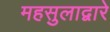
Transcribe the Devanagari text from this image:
महसुलाद्वारे